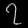
Digit: ၇